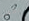
تفعل